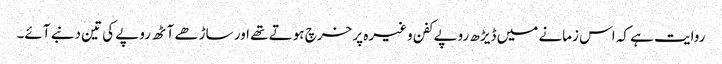
روایت ہے کہ اس زمانے میں ڈیڑھ روپے کفن وغیرہ پر خرچ ہوتے تھے اور ساڑھے آٹھ روپے کی تین دنبے آئے۔